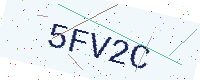
Text: 5FV2C